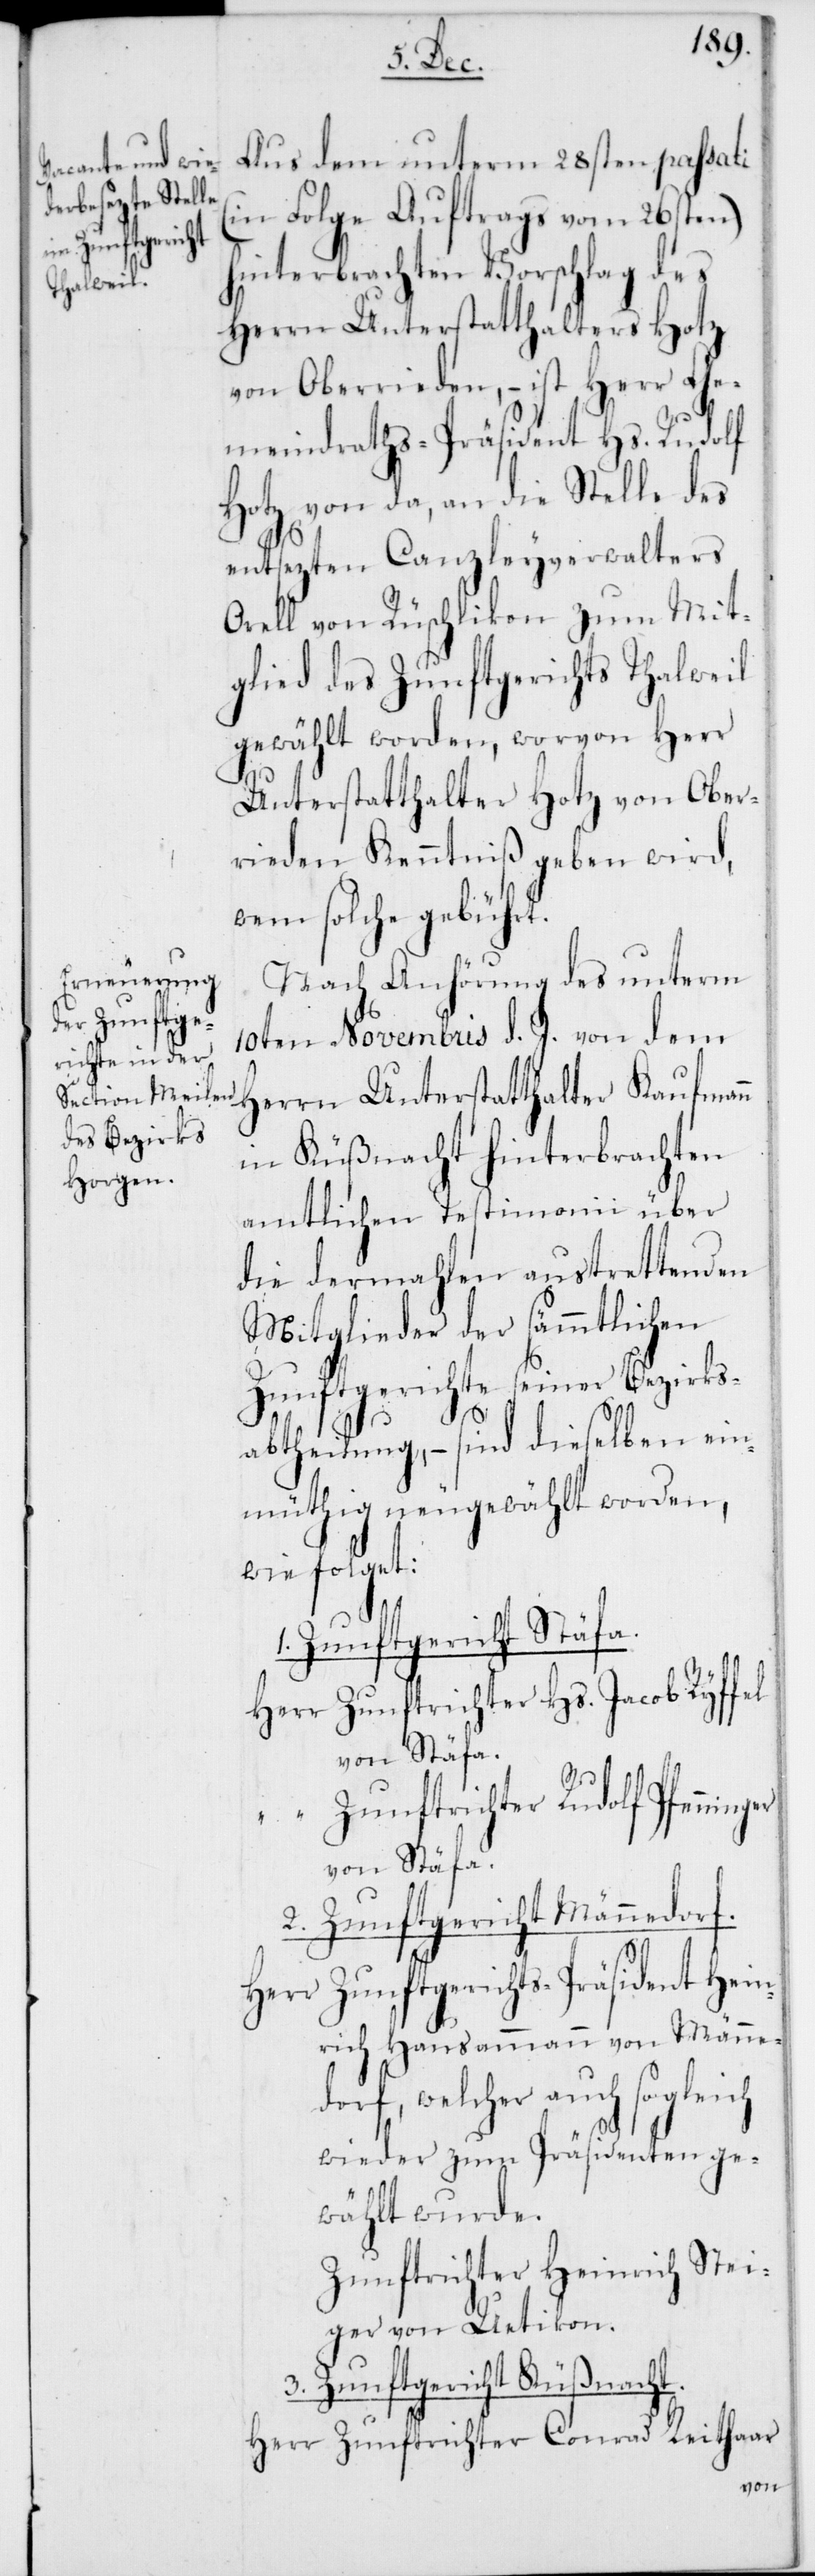
Herr
Aus dem unterm 28sten passati
(in Folge Auftrags vom 26sten)
hinterbrachten Vorschlag des
Herrn Unterstatthalters Hotz
von Oberrieden, – ist Herr Ge¬
meindraths-Präsident Hs. Rudolf
Hotz von da, an die Stelle des
entsezten Canzleyverwalters
Orell von Rüschlikon zum Mit¬
glied des Zunftgerichts Thalweil
gewählt worden, worvon Herr
Unterstatthalter Hotz von Ober¬
rieden Kenntniß geben wird,
wem solche gebührt.
Nach Anhörung des unterm
10ten Novembris d. J. von dem
Herrn Unterstatthalter Kaufmann
in Küßnacht hinterbrachten
amtlichen Testimonii über
die dermahlen austrettenden
Mitglieder der sämmtlichen
Zunftgerichte seiner Bezirks¬
abtheilung, – sind dieselben ein¬
müthig neugewählt worden,
wie folget:
1. Zunftgericht Stäfa.
Zunftrichter Hs. Jacob Ryffel
von Stäfa.
Zunftrichter Rudolf Pfenni¬
von Stäfa.
3. Zunftgericht Küßnacht.
Zunftgerichts-Präsident Hein¬
rich Hausammann von Männe¬
dorf, welcher auch sogleich
wieder zum Präsidenten ge¬
wählt wurde.
Zunftrichter Heinrich Stei¬
ger von Uetikon.
Zunftrichter Conrad